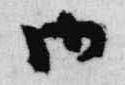
御